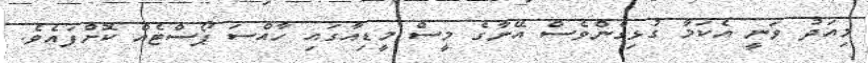
މިއަދު ވަނީ އެކަމާ ގުޅިގެންވެސް އޭނާގެ މީސް މީޑިއާގައި ހާއްސަ ޕޯސްޓެއް ކޮށްފައެވެ.